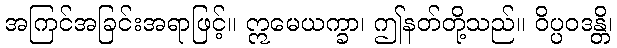
အကြင်အခြင်းအရာဖြင့်။ ဣမေယက္ခာ၊ ဤနတ်တို့သည်။ ဝိပ္ပဝဒန္တိ၊